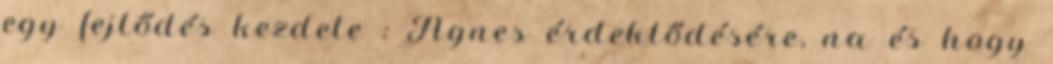
egy fejlődés kezdete : Ágnes érdeklődésére, na és hogy